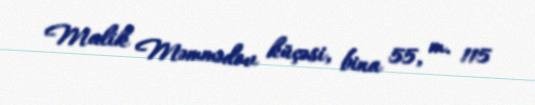
Malik Məmmədov küçəsi, bina 55, m. 115